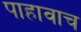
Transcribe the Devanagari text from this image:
पाहावाच